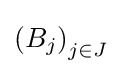
\left(B_{j}\right)_{j\in J}